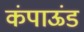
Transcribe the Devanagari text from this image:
कंपाऊंड